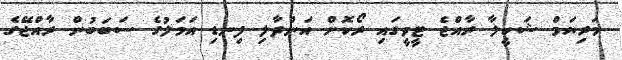
މަރިޔަމް ޝަކީލާ ރާއްޖެ ޓީވީގައި ރޯކޮށް އަންދާލި ފިނޑި އަމަލުގެ ސަބަބުން ރާއްޖޭގެ